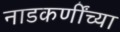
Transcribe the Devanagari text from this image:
नाडकर्णींच्या